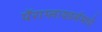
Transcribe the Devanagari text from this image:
पॅराग्लायडर्समध्ये